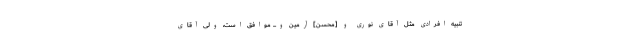
تنبیه افرادى مثل آقاى نورى و [محسن] آرمین و... موافق است، ولى آقاى